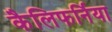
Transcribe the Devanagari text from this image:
कैलिफर्निया